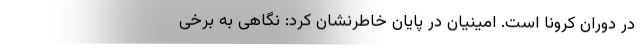
در دوران کرونا است. امینیان در پایان خاطرنشان کرد: نگاهی به برخی